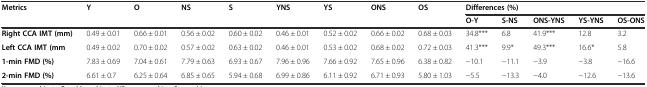
| <ROWSPAN=2> Metrics | <ROWSPAN=2> Y | <ROWSPAN=2> O | <ROWSPAN=2> NS | <ROWSPAN=2> S | <ROWSPAN=2> YNS | <ROWSPAN=2> YS | <ROWSPAN=2> ONS | <ROWSPAN=2> OS | <COLSPAN=5> Differences (%) |
 | O-Y | S-NS | ONS-YNS | YS-YNS | OS-ONS |
 | --- | --- | --- | --- | --- | --- | --- | --- | --- | --- | --- | --- | --- | --- |
 | Right CCA IMT (mm) | 0.49 ± 0.01 | 0.66 ± 0.01 | 0.56 ± 0.02 | 0.60 ± 0.02 | 0.46 ± 0.01 | 0.52 ± 0.02 | 0.66 ± 0.02 | 0.68 ± 0.03 | 34.8*** | 6.8 | 41.9*** | 12.8 | 3.2 |
 | Left CCA IMT (mm | 0.49 ± 0.02 | 0.70 ± 0.02 | 0.57 ± 0.02 | 0.63 ± 0.02 | 0.46 ± 0.01 | 0.53 ± 0.02 | 0.68 ± 0.02 | 0.72 ± 0.03 | 41.3*** | 9.9* | 49.3*** | 16.6* | 5.8 |
 | 1-min FMD (%) | 7.83 ± 0.69 | 7.04 ± 0.61 | 7.79 ± 0.63 | 6.93 ± 0.67 | 7.96 ± 0.96 | 7.66 ± 0.92 | 7.65 ± 0.96 | 6.38 ± 0.82 | −10.1 | −11.1 | −3.9 | −3.8 | −16.6 |
 | 2-min FMD (%) | 6.61 ± 0.7 | 6.25 ± 0.64 | 6.85 ± 0.65 | 5.94 ± 0.68 | 6.99 ± 0.86 | 6.11 ± 0.92 | 6.71 ± 0.93 | 5.80 ± 1.03 | −5.5 | −13.3 | −4.0 | −12.6 | −13.6 |